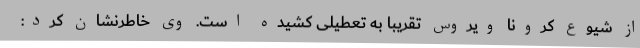
از شیوع کرونا ویروس تقریبا به تعطیلی کشیده است. وی خاطرنشان کرد: